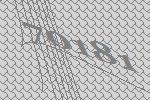
70181